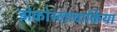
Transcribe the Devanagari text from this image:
झेकोस्लावाकिया